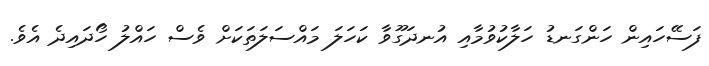
ފަސޭހައިން ހަންގަނޑު ހަލާކުވުމާއި އުނދަގޫވާ ކަހަލަ މައްސަލަތަކަށް ވެސް ހައްލު ހޯދައިދެ އެވެ.